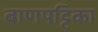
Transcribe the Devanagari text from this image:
बाणपट्टिका